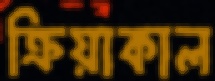
ক্রিয়াকাল